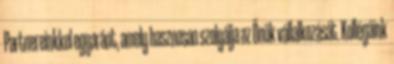
Partnereinkkel egyaránt, amely hasznosan szolgálja az Önök vállalkozását. Kollégáink